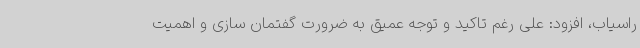
راسیاب، افزود: علی رغم تاکید و توجه عمیق به ضرورت گفتمان سازی و اهمیت